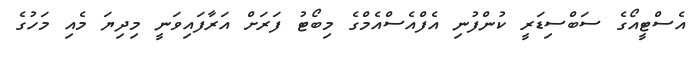
އެސްޓީއޯގެ ސަބްސިޑަރީ ކުންފުނި އެފްއެސްއެމްގެ މިބޯޓު ފަރަށް އަރާފައިވަނީ މިދިޔަ މެއި މަހުގެ